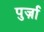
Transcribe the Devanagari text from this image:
पुर्ज़ा